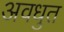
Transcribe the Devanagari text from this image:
अवधुत